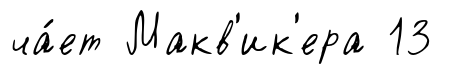
ча́ет Макв'ик'ера 13